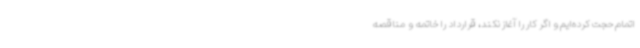
اتمام حجت کرده‌ایم و اگر کار را آغاز نکند، قرارداد را خاتمه و مناقصه